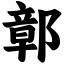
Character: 鄣